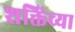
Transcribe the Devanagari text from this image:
शक्तिंच्या